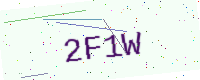
Text: 2F1W